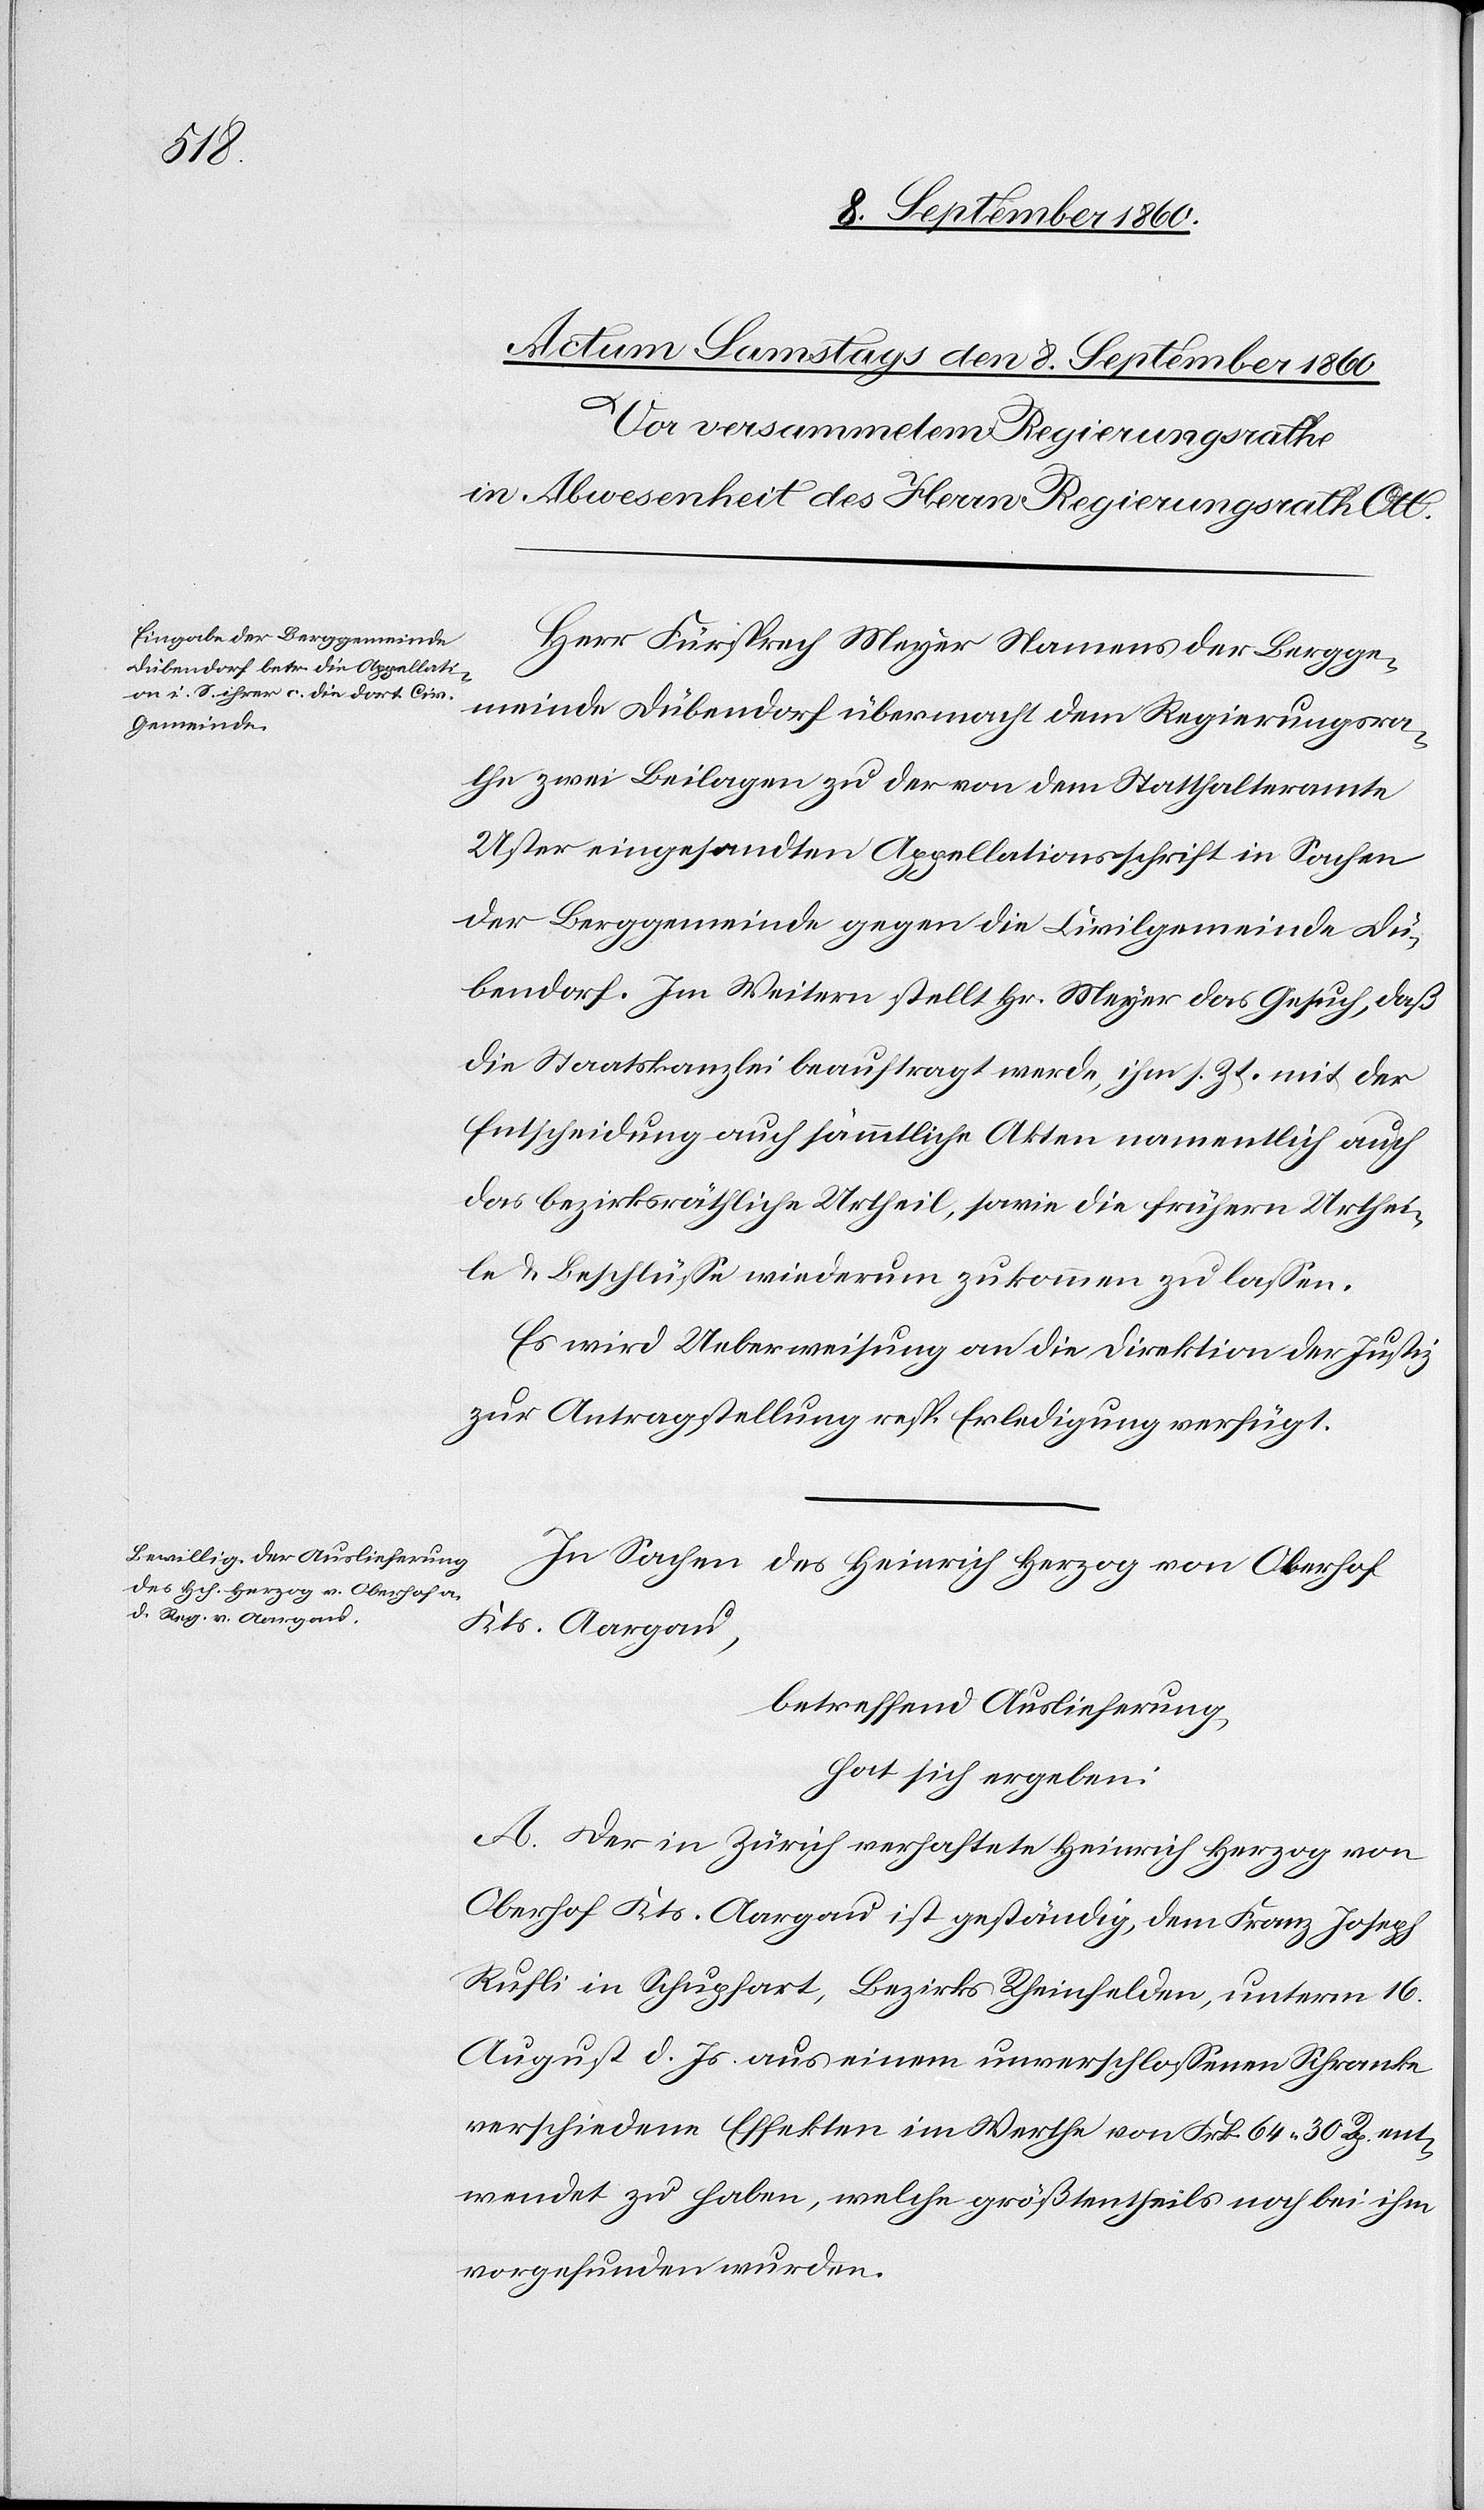
Herrn Fürsprech Meier, Namens der Bergge¬
meinde Dübendorf übermacht dem Regierungsra¬
the zwei Beilagen zu der von dem Statthalteramte
Uster eingesandten Appellationsschrift in Sachen
der Berggemeinde gegen die Civilgemeinde Dü¬
bendorf. Im Weitern stellt Hr. Meier das Gesuch, dass
die Staatskanzlei beauftragt werde, ihm sr. Zt. mit der
Entscheidung auch sämmtliche Akten, namentlich auch
das bezirksräthliche Urtheil, sowie die frühern Urthei¬
le u. Beschlüsse wiederum zukommen zu lassen.
Es wird Ueberweisung an die Direktion der Justiz
zur Antragstellung resp. Erledigung verfügt.
In Sachen des Heinrich Herzog von Oberhof,
Kantons Aargau
betreffend Auslieferung
hat sich ergeben
A. Der in Zürich verhaftete Heinrich Herzog von
Oberhof, Kantons Aargau ist geständig, dem Franz Joseph
Rufli in Schupfart, Bezirks Rheinfelden unterm 16t
August d. Js. aus einem unverschlossenen Schranke
verschiedene Effekten im Werthe von Frk. 64. 30C ent¬
wendet zu haben, welche grösstentheils noch bei ihm
vorgefunden wurden.